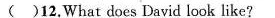
( )12.What does David look like?